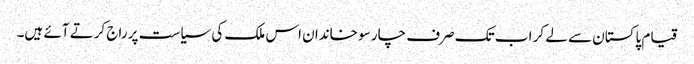
قیام پاکستان سے لے کر اب تک صرف چار سو خاندان اس ملک کی سیاست پر راج کرتے آئے ہیں۔